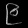
Digit: ၉